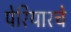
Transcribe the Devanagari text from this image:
पेरियारचे